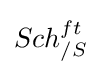
Sch_{/S}^{ft}